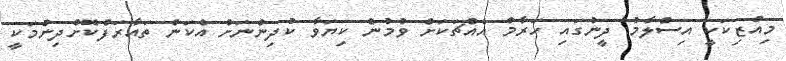
މިއުޒިކަކީ އިސްލާމު ދީނުގައި ހަރާމް އެއްޗަކަށް ވުމުން ކިޔަވާ ކުދިންނަށް އެކަން ތައާރަފްކޮށްދިނުމަކީ